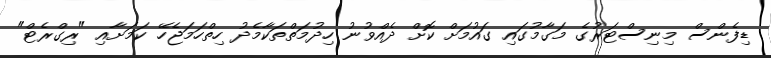
ޑިފެންސް މިނިސްޓަރުގެ މަގާމުގައި ގައުމަށް ކޮށް ދެއްވުނު ހިދުމަތްތަކާމެދު ހިތްހަމަޖެހޭ ކަމަށާއި "ރިގްރެޓް"